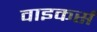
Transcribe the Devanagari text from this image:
वाइकर्स